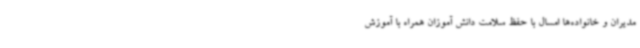
مدیران و خانواده‌ها امسال با حفظ سلامت دانش آموزان همراه با آموزش